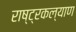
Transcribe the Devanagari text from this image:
राष्ट्रकल्याण